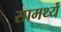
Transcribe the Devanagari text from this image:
सामर्थ्ये